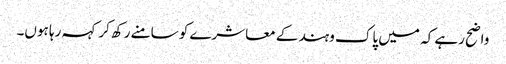
واضح رہے کہ میں پاک وہند کے معاشرے کو سامنے رکھ کر کہہ رہا ہوں۔